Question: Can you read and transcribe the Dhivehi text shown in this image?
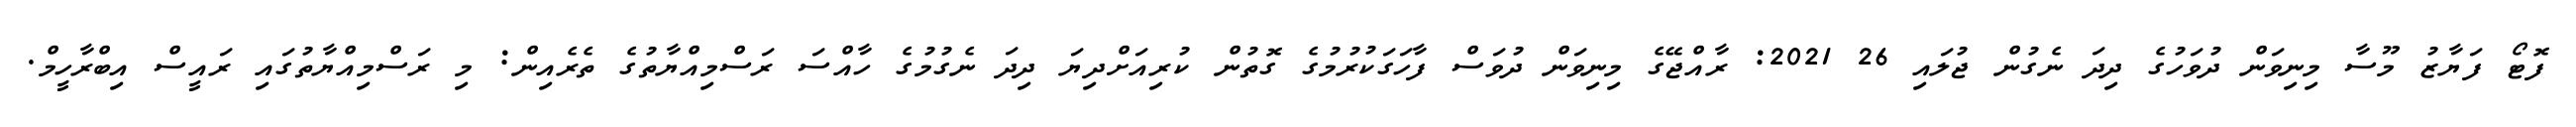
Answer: ފޮޓޯ ފަޔާޒު މޫސާ މިނިވަން ދުވަހުގެ ދިދަ ނެގުން ޖުލައި 26 2021: ރާއްޖޭގެ މިނިވަން ދުވަސް ފާހަގަކުރުމުގެ ގޮތުން ކުރިއަށްދިޔަ ދިދަ ނެގުމުގެ ހާއްސަ ރަސްމިއްޔާތުގެ ތެރެއިން: މި ރަސްމިއްޔާތުގައި ރައީސް އިބްރާހީމް.